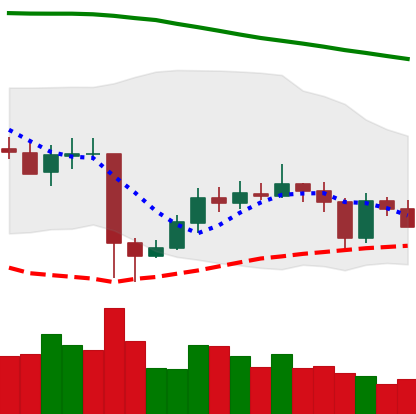
Ticker: EOS-USD
Chart end date: 2020-05-24
Forward return: 4.008%
Label: up_3_5